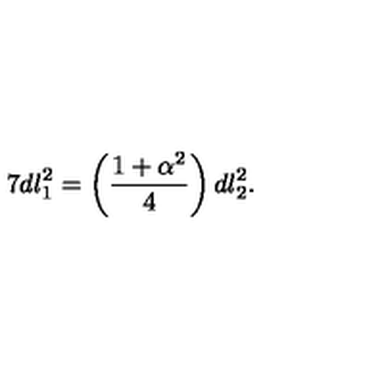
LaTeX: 7 d l _ { 1 } ^ { 2 } = \left( \frac { 1 + \alpha ^ { 2 } } { 4 } \right) d l _ { 2 } ^ { 2 } .